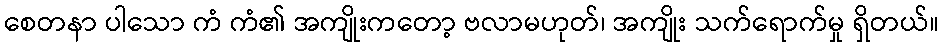
စေတနာ ပါသော ကံ ကံ၏ အကျိုးကတော့ ဗလာမဟုတ်၊ အကျိုး သက်ရောက်မှု ရှိတယ်။